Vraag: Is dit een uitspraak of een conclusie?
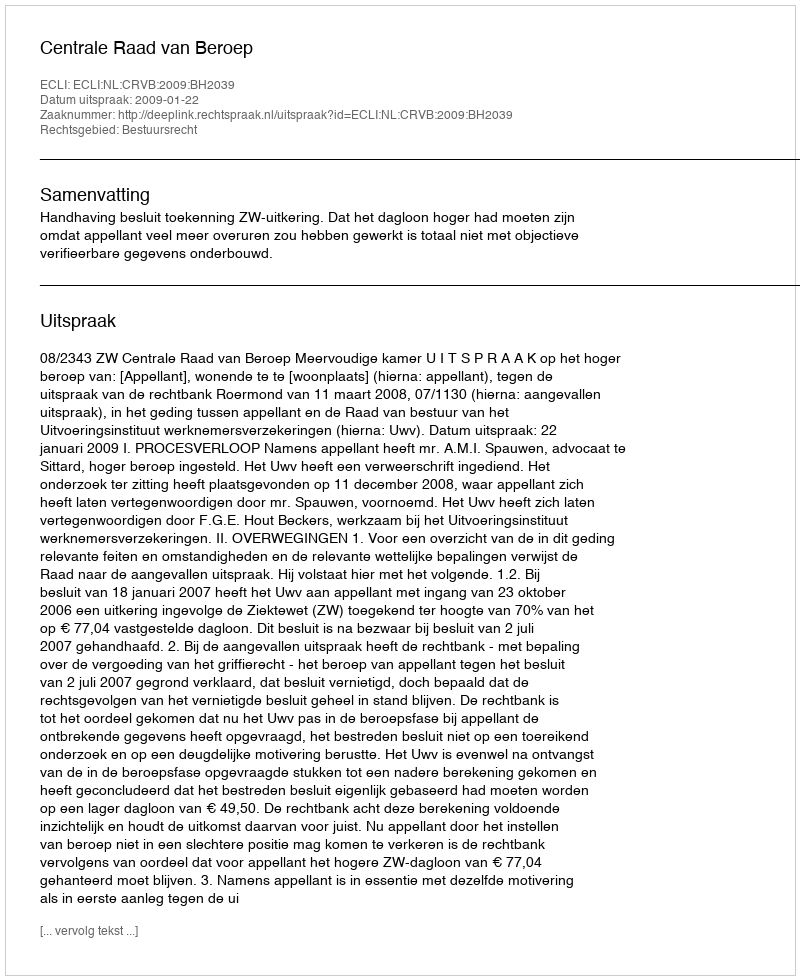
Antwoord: Uitspraak